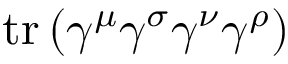
\operatorname { t r } \left( \gamma ^ { \mu } \gamma ^ { \sigma } \gamma ^ { \nu } \gamma ^ { \rho } \right)